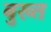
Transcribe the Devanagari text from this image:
बुख्त